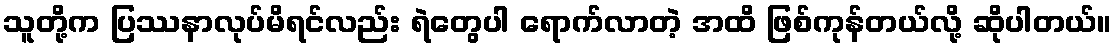
သူတို့က ပြဿနာလုပ်မိရင်လည်း ရဲတွေပါ ရောက်လာတဲ့ အထိ ဖြစ်ကုန်တယ်လို့ ဆိုပါတယ်။